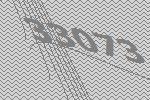
33073